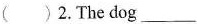
( )2.The dog___